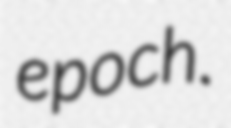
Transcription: epoch.